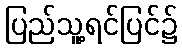
ပြည်သူ့ရင်ပြင်၌